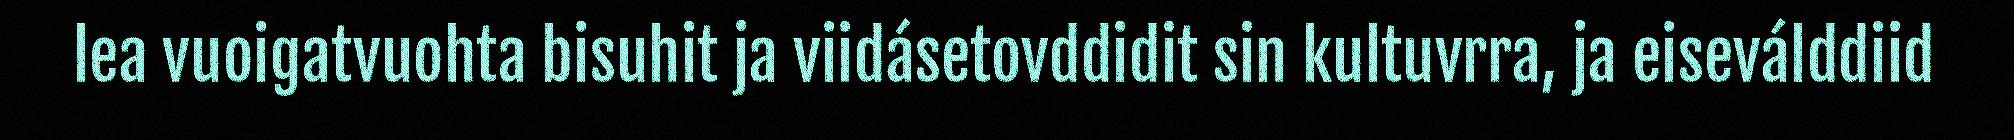
lea vuoigatvuohta bisuhit ja viidásetovddidit sin kultuvrra, ja eiseválddiid